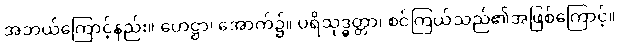
အဘယ်ကြောင့်နည်း။ ဟေဋ္ဌာ၊ အောက်၌။ ပရိသုဒ္ဓတ္တာ၊ စင်ကြယ်သည်၏အဖြစ်ကြောင့်။